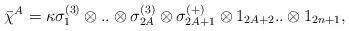
LaTeX: \begin{align*}\bar\chi^A = \kappa \sigma_1^{(3)} \otimes..\otimes\sigma^{(3)}_{2A}\otimes \sigma^{(+)}_{2A+1} \otimes 1_{2A+2}..\otimes 1_{2n+1},\end{align*}